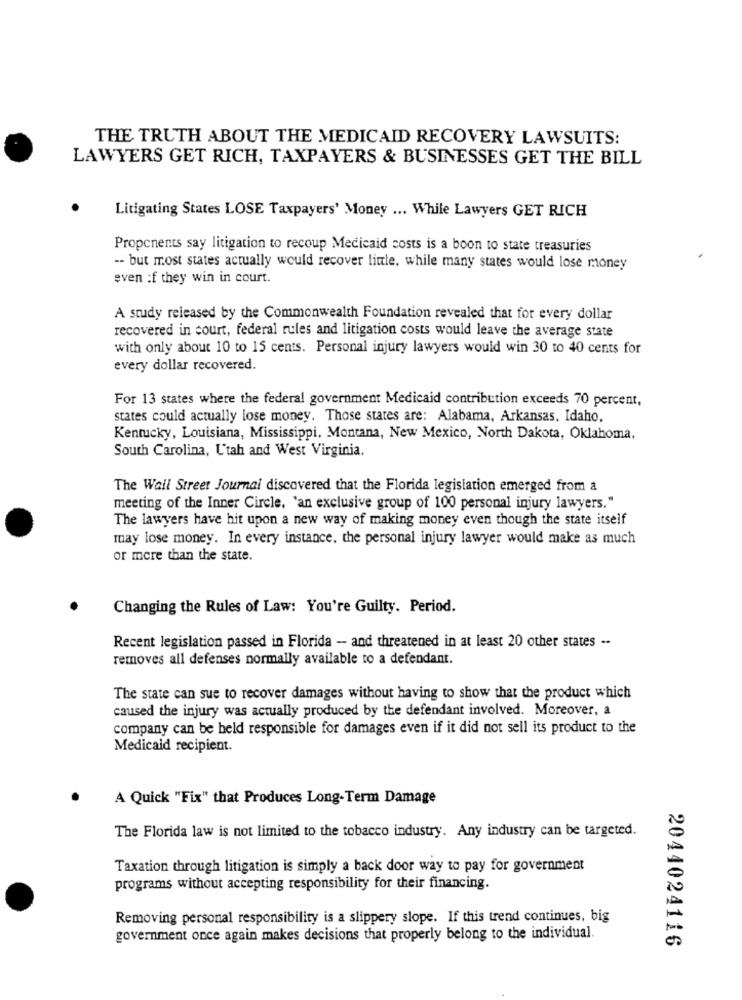
THE TRUTH ABOUT THE MEDICAID RECOVERY LAWSUITS:
LAWYERS GET RICH, TAXPAYERS & BUSINESSES GET THE BILL
Litigating States LOSE Taxpayers' Money ... While Lawyers GET RICH
Proponents say litigation to recoup Medicaid costs is a boon to state treasuries
-- but most states actually would recover little, while many states would lose money
even :f they win in court.
A study released by the Commonwealth Foundation revealed that for every dollar
recovered in court, federal rules and litigation costs would leave the average state
with only about 10 to 15 cents. Personal injury lawyers would win 30 to 40 cents for
every dollar recovered.
For 13 states where the federal government Medicaid contribution exceeds 70 percent,
states could actually lose money. Those states are: Alabama, Arkansas. Idaho.
Kentucky, Louisiana, Mississippi, Montana, New Mexico, North Dakota, Oklahoma,
South Carolina, Utah and West Virginia.
The Wall Street Journal discovered that the Florida legislation emerged from a
meeting of the Inner Circle, 'an exclusive group of 100 personal injury lawyers."
The lawyers have hit upon a new way of making money even though the state itself
may lose money. In every instance, the personal injury lawyer would make as much
or more than the state.
Changing the Rules of Law: You're Guilty. Period.
Recent legislation passed in Florida - and threatened in at least 20 other states -
removes all defenses normally available to a defendant.
The state can sue to recover damages without having to show that the product which
caused the injury was actually produced by the defendant involved. Moreover, a
company can be held responsible for damages even if it did not sell its product to the
Medicaid recipient.
A Quick "Fix" that Produces Long-Term Damage
The Florida law is not limited to the tobacco industry. Any industry can be targeted.
Taxation through litigation is simply a back door way to pay for government
programs without accepting responsibility for their financing.
Removing personal responsibility is a slippery slope. If this trend continues, big
government once again makes decisions that properly belong to the individual.
2044024116